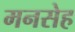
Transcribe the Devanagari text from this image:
मनसेह